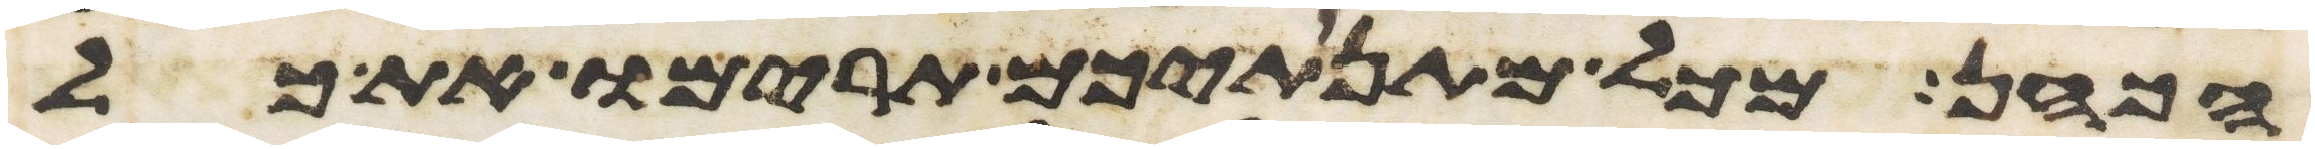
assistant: הכהן מכל מתנתיכם תרימו את כל